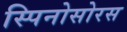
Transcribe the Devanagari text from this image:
स्‍पिनोसोरस